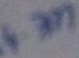
Text: 4.7M